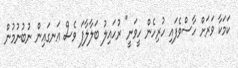
ކަމަކާ ވަރަށް ހާސްވެފައި ހުރިހެން ހީވަނީ" ރުހައިލު ބަލާލާފަ ވެސް އަނގައިން ނުބުނުމުން